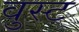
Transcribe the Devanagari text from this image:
वुस्ट